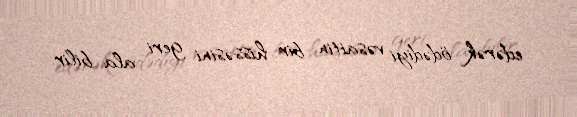
edərək ödədiyi vəsaitin bir hissəsini geri ala bilir.